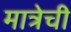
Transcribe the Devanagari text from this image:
मात्रेची